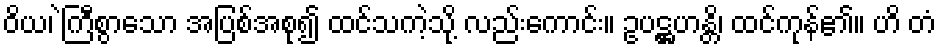
ဝိယ၊ ဲကြီစွာသော အပြစ်အစု၍ ထင်သကဲ့သို့ လည်းကောင်း။ ဥပဋ္ဌဟန္တိ၊ ထင်ကုန်၏။ ဟိ တံ